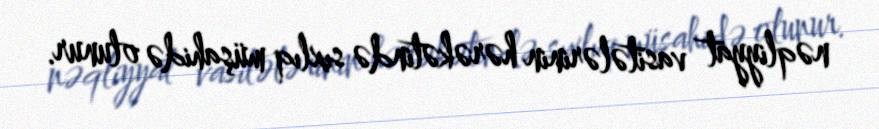
nəqliyyat vasitələrinin hərəkətində sıxlıq müşahidə olunur.